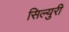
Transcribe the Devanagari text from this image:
सिल्युरी